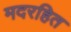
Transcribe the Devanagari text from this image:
मदरहित